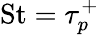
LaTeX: \mathrm{St}=\tau_{p}^{+}